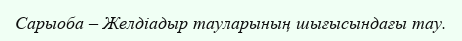
Сарыоба – Желдіадыр тауларының шығысындағы тау.